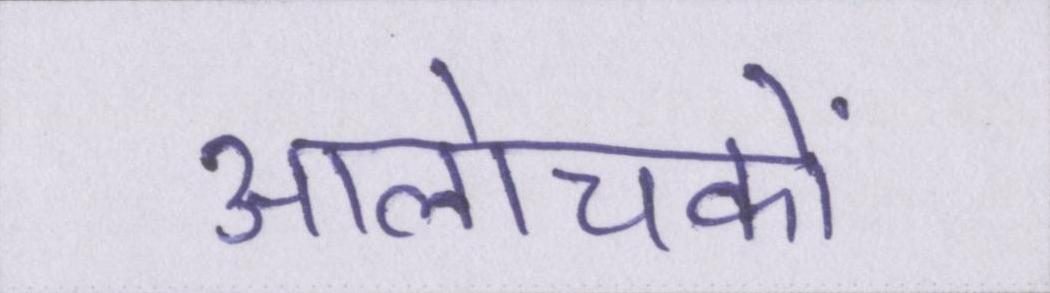
आलोचकों